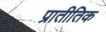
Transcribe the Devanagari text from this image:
प्रातीतिक